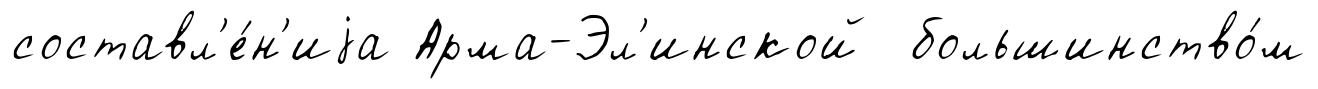
составл'е́н'иjа Арма-Эл'инской большинство́м